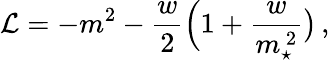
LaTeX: {\cal L}=-m^{2}-{\frac{w}{2}}\Big(1+{\frac{w}{m_{\star}^{\, 2}}}\big)\, ,